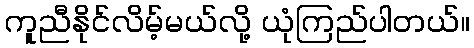
ကူညီနိုင်လိမ့်မယ်လို့ ယုံကြည်ပါတယ်။